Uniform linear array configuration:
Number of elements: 4
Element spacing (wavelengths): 0.75
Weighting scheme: uniform
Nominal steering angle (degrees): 0
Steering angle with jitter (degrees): -1.273
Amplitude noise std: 0.05
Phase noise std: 0.05

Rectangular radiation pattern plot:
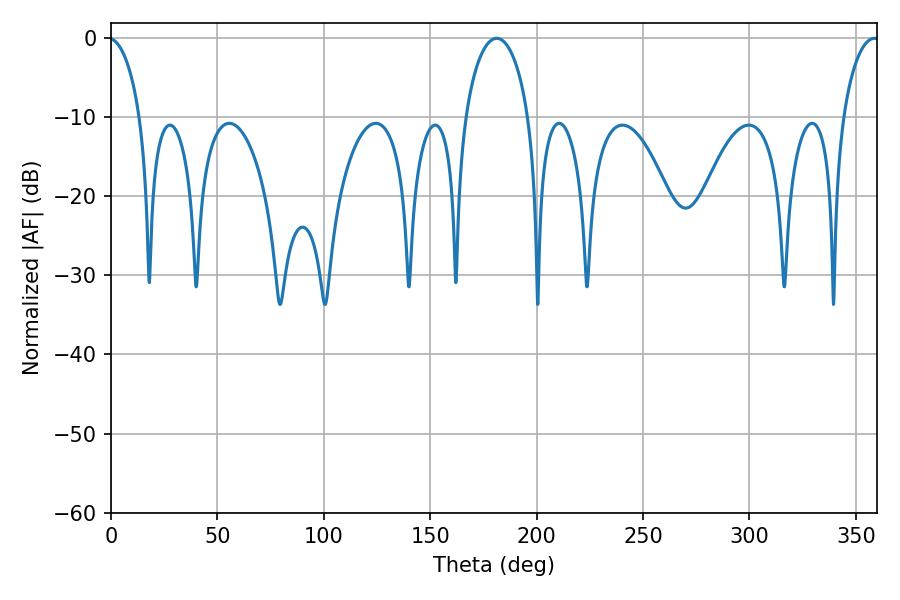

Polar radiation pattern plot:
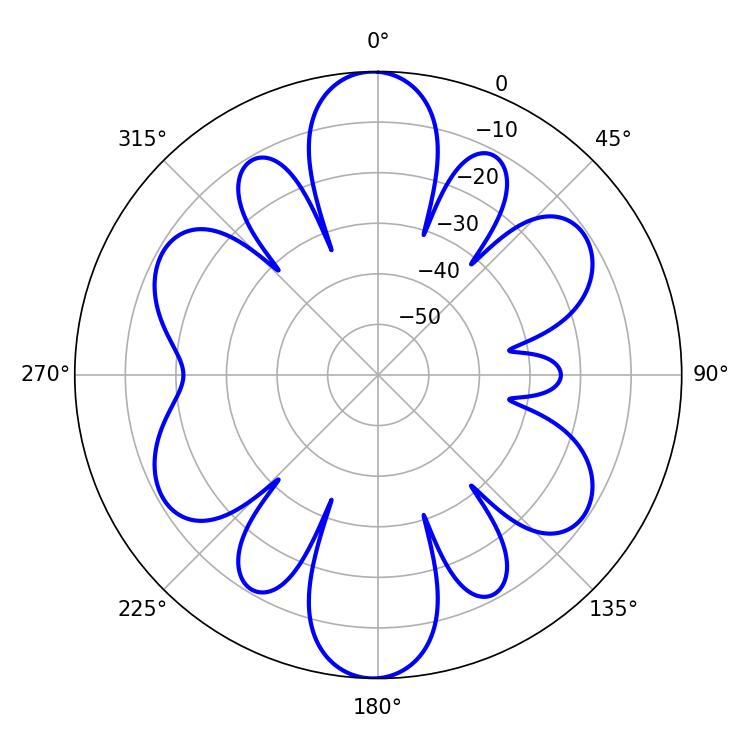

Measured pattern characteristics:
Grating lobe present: TRUE
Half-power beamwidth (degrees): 17.28
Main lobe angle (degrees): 181.26